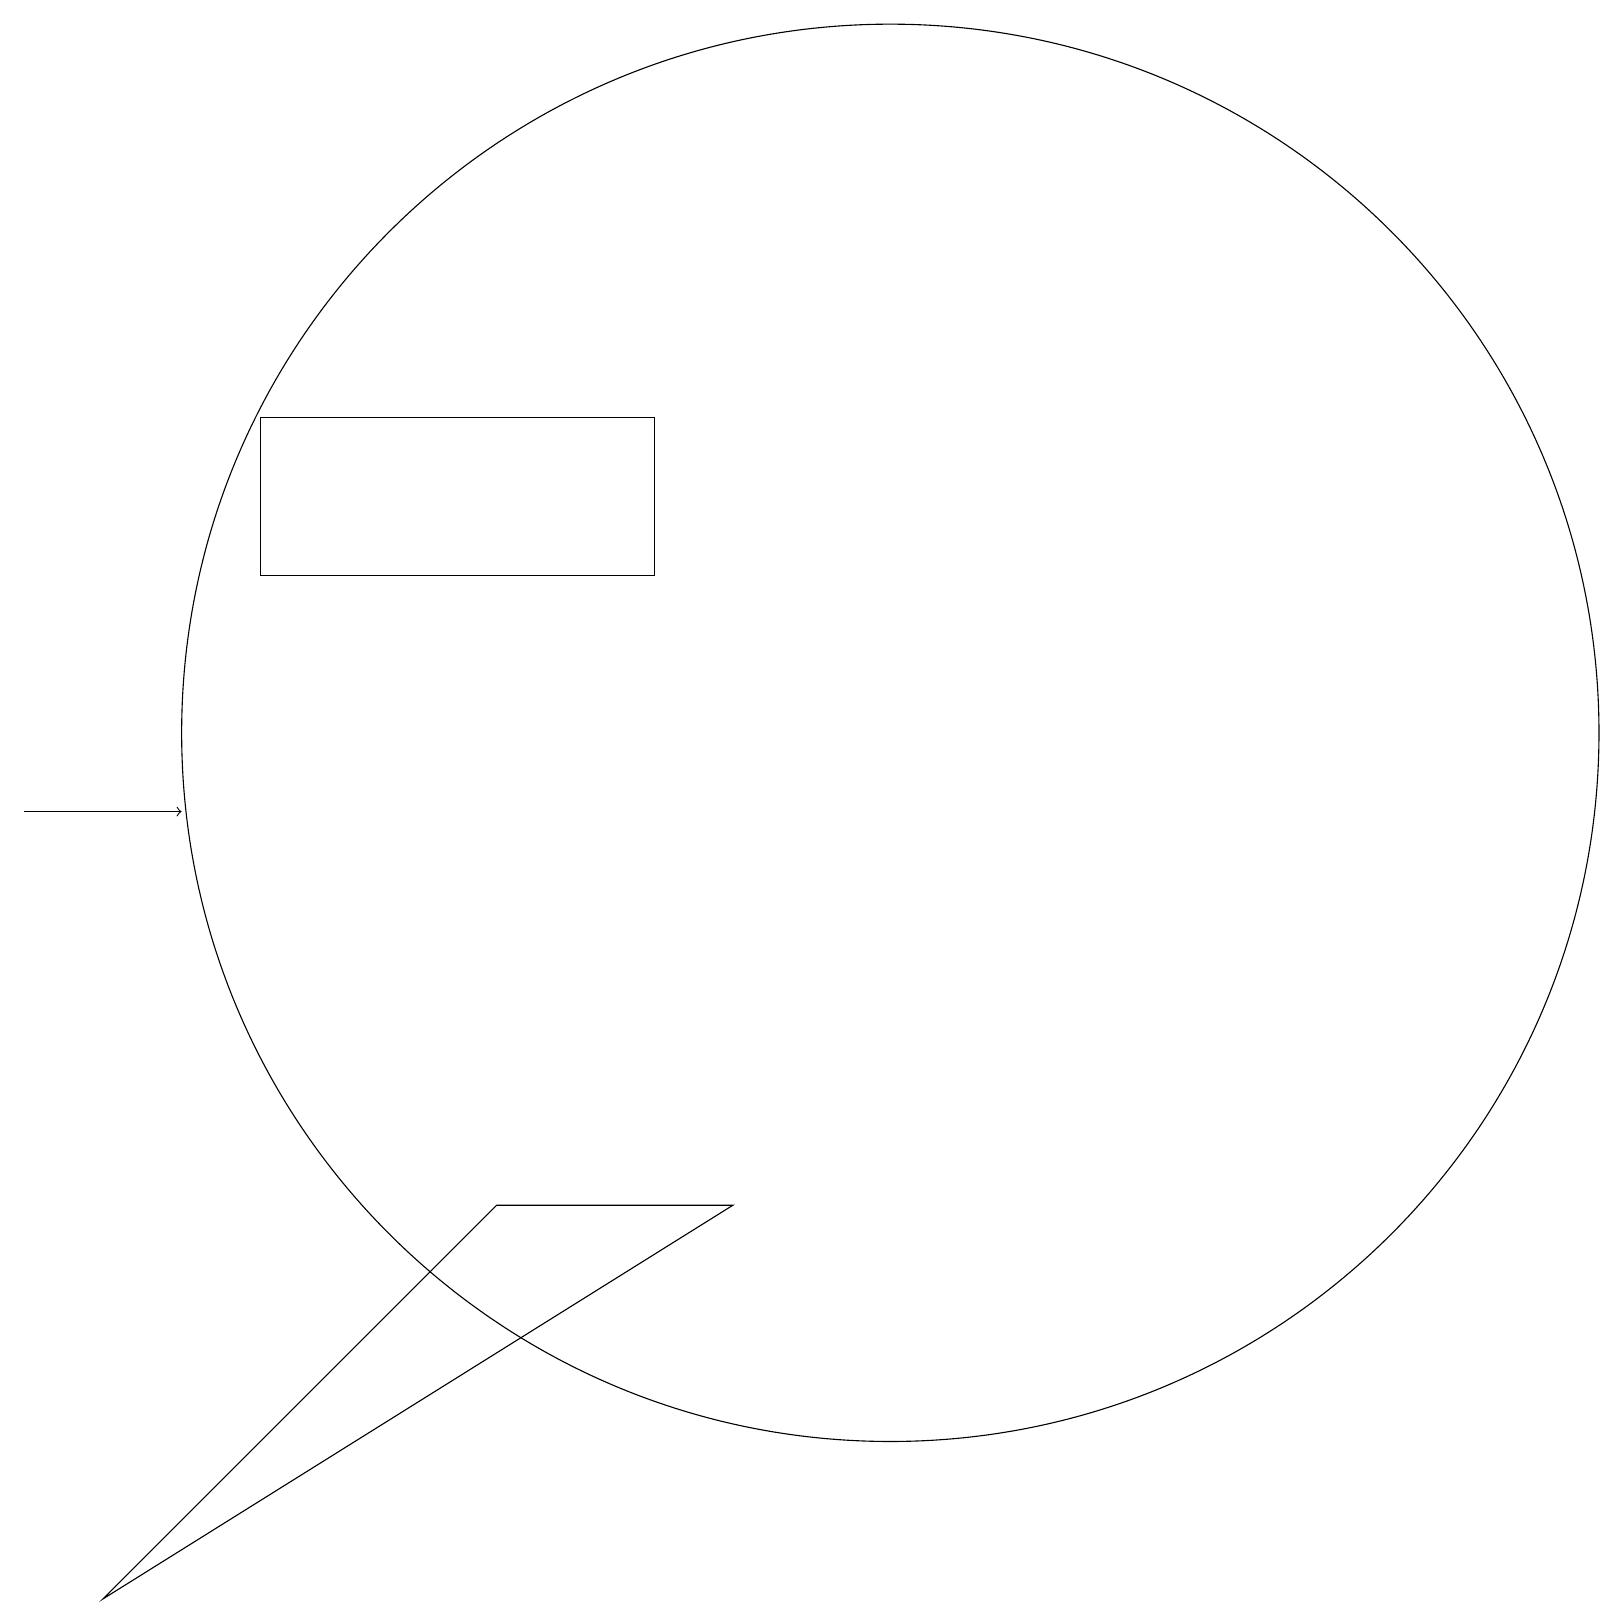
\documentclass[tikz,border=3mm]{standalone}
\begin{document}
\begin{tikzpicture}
\draw (3,14) rectangle (8,16);
\draw (11,12) circle (9);
\draw[->] (0,11) -- (2,11);
\draw (6,6) -- (9,6) -- (1,1) -- cycle;
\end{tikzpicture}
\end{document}